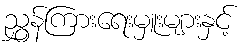
ညွှန်ကြားရေးမှူးများနှင့်